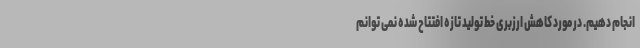
انجام دهیم. در مورد کاهش ارزبری خط تولید تازه افتتاح شده نمی توانم